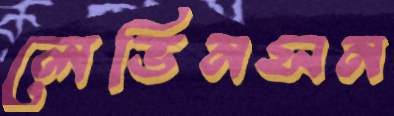
লেভিনসন